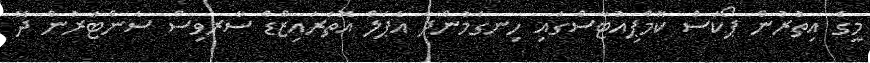
މީގެ އިތުރުން ޕޯކަސް ކޮމްޕިއުޓާސްގައި ހިނގަމުންދާ އެޕަލް އޮތަރައިޒްޑް ސާރވިސް ސެންޓަރުން ދޭ